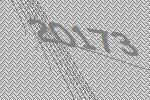
20173